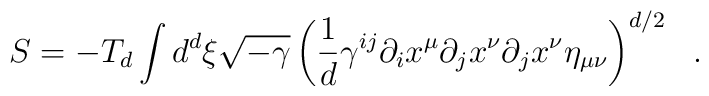
S = -T_d \int d^d \xi \sqrt{-\gamma} \left( \frac{1}{d} \gamma^{ij}\partial_i x^{\mu} \partial_j x^\nu \partial_j x^{\nu} \eta_{\mu \nu}\right) ^{d/2}~~.